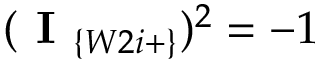
( \textbf { I } _ { \{ W 2 i + \} } ) ^ { 2 } = - 1